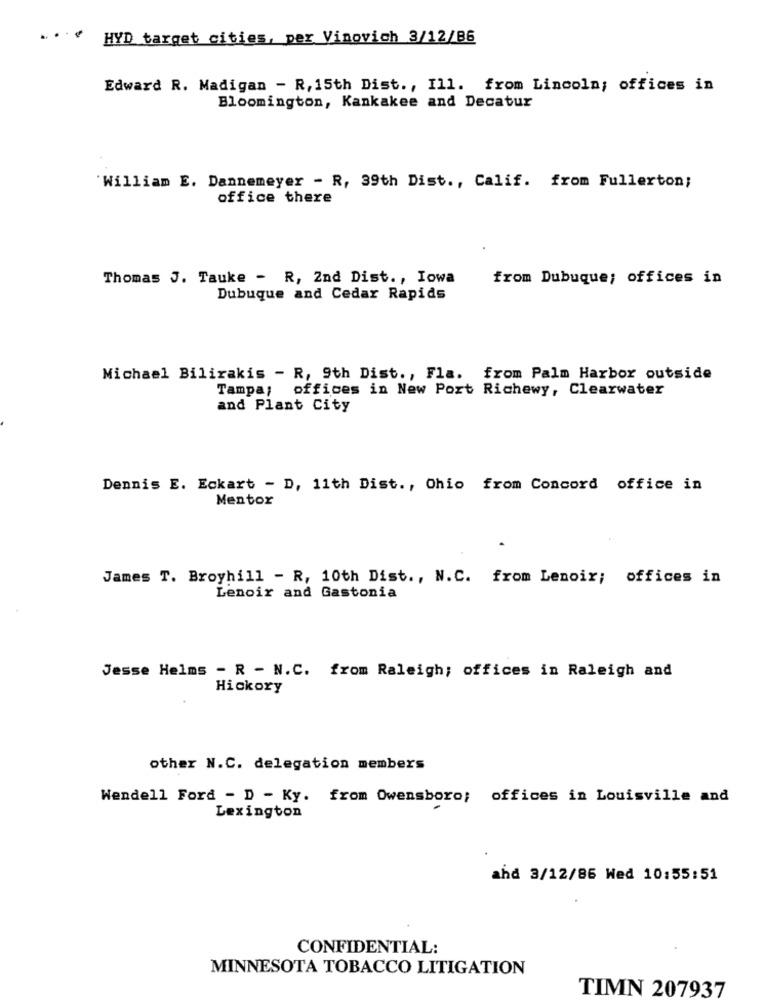
HYD target cities, per Vinovich 3/12/86
Edward R. Madigan - R, 15th Dist ., Ill. from Lincoln; offices in
Bloomington, Kankakee and Decatur
"William E. Dannemeyer - R, 39th Dist ., Calif. from Fullerton;
office there
Thomas J. Tauke - R, 2nd Dist ., Iowa
from Dubuque; offices in
Dubuque and Cedar Rapids
Michael Bilirakis - R, 9th Dist ., Fla. from Palm Harbor outside
Tampa; offices in New Port Richewy, Clearwater
and Plant City
Dennis E. Eckart - D, 11th Dist ., Ohio from Concord office in
Mentor
James T. Broyhill - R, 10th Dist ., N.C. from Lenoir; offices in
Lenoir and Gastonia
Jesse Helms - R - N.C. from Raleigh; offices in Raleigh and
Hickory
other N.C. delegation members
Wendell Ford - D - Ky. from Owensboro; offices in Louisville and
Lexington
ahd 3/12/86 Wed 10:55:51
CONFIDENTIAL:
MINNESOTA TOBACCO LITIGATION
TIMN 207937